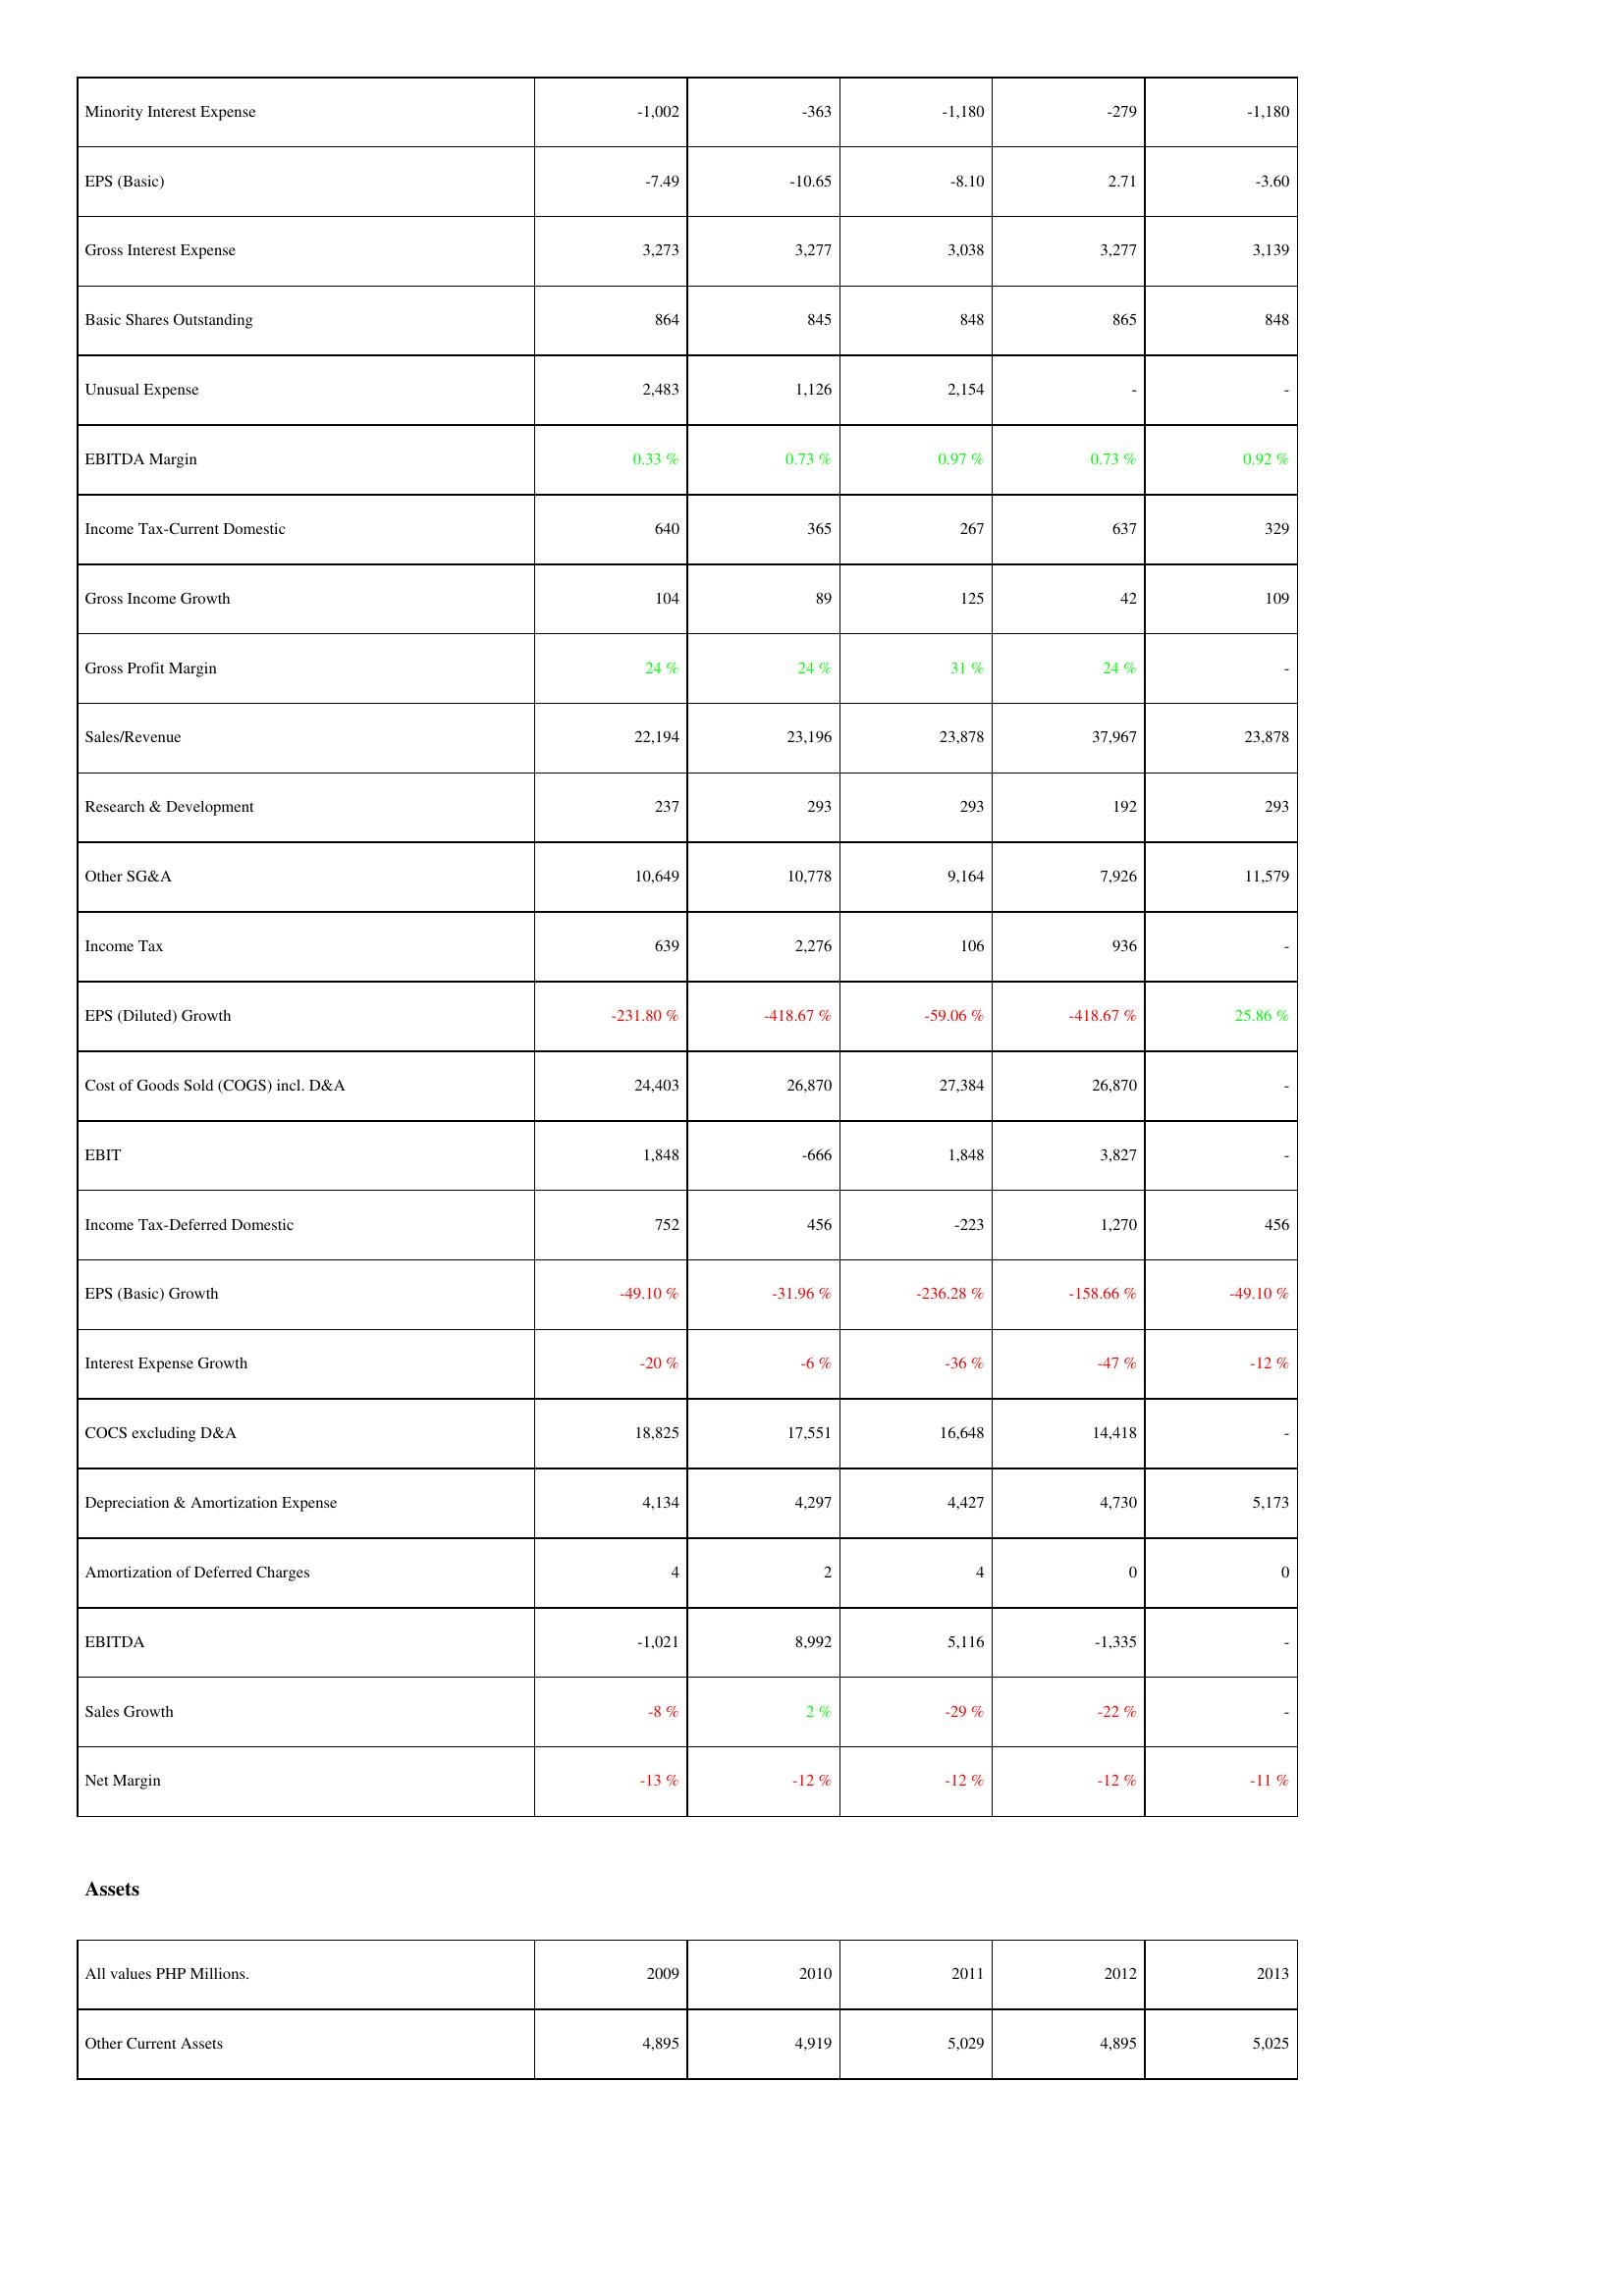
2009: Income Statement: Minority Interest Expense: -1,002
EPS (Basic): -7.49
Gross Interest Expense: 3,273
Basic Shares Outstanding: 864
Unusual Expense: 2,483
EBITDA Margin: 0.33 %
Income Tax-Current Domestic: 640
Gross Income Growth: 104
Gross Profit Margin: 24 %
Sales/Revenue: 22,194
Research & Development: 237
Other SG&A: 10,649
Income Tax: 639
EPS (Diluted) Growth: -231.80 %
Cost of Goods Sold (COGS) incl. D&A: 24,403
EBIT: 1,848
Income Tax-Deferred Domestic: 752
EPS (Basic) Growth: -49.10 %
Interest Expense Growth: -20 %
COCS excluding D&A: 18,825
Depreciation & Amortization Expense: 4,134
Amortization of Deferred Charges: 4
EBITDA: -1,021
Sales Growth: -8 %
Net Margin: -13 %
Assets: Other Current Assets: 4,895
2010: Income Statement: Minority Interest Expense: -363
EPS (Basic): -10.65
Gross Interest Expense: 3,277
Basic Shares Outstanding: 845
Unusual Expense: 1,126
EBITDA Margin: 0.73 %
Income Tax-Current Domestic: 365
Gross Income Growth: 89
Gross Profit Margin: 24 %
Sales/Revenue: 23,196
Research & Development: 293
Other SG&A: 10,778
Income Tax: 2,276
EPS (Diluted) Growth: -418.67 %
Cost of Goods Sold (COGS) incl. D&A: 26,870
EBIT: -666
Income Tax-Deferred Domestic: 456
EPS (Basic) Growth: -31.96 %
Interest Expense Growth: -6 %
COCS excluding D&A: 17,551
Depreciation & Amortization Expense: 4,297
Amortization of Deferred Charges: 2
EBITDA: 8,992
Sales Growth: 2 %
Net Margin: -12 %
Assets: Other Current Assets: 4,919
2011: Income Statement: Minority Interest Expense: -1,180
EPS (Basic): -8.10
Gross Interest Expense: 3,038
Basic Shares Outstanding: 848
Unusual Expense: 2,154
EBITDA Margin: 0.97 %
Income Tax-Current Domestic: 267
Gross Income Growth: 125
Gross Profit Margin: 31 %
Sales/Revenue: 23,878
Research & Development: 293
Other SG&A: 9,164
Income Tax: 106
EPS (Diluted) Growth: -59.06 %
Cost of Goods Sold (COGS) incl. D&A: 27,384
EBIT: 1,848
Income Tax-Deferred Domestic: -223
EPS (Basic) Growth: -236.28 %
Interest Expense Growth: -36 %
COCS excluding D&A: 16,648
Depreciation & Amortization Expense: 4,427
Amortization of Deferred Charges: 4
EBITDA: 5,116
Sales Growth: -29 %
Net Margin: -12 %
Assets: Other Current Assets: 5,029
2012: Income Statement: Minority Interest Expense: -279
EPS (Basic): 2.71
Gross Interest Expense: 3,277
Basic Shares Outstanding: 865
Unusual Expense: -
EBITDA Margin: 0.73 %
Income Tax-Current Domestic: 637
Gross Income Growth: 42
Gross Profit Margin: 24 %
Sales/Revenue: 37,967
Research & Development: 192
Other SG&A: 7,926
Income Tax: 936
EPS (Diluted) Growth: -418.67 %
Cost of Goods Sold (COGS) incl. D&A: 26,870
EBIT: 3,827
Income Tax-Deferred Domestic: 1,270
EPS (Basic) Growth: -158.66 %
Interest Expense Growth: -47 %
COCS excluding D&A: 14,418
Depreciation & Amortization Expense: 4,730
Amortization of Deferred Charges: 0
EBITDA: -1,335
Sales Growth: -22 %
Net Margin: -12 %
Assets: Other Current Assets: 4,895
2013: Income Statement: Minority Interest Expense: -1,180
EPS (Basic): -3.60
Gross Interest Expense: 3,139
Basic Shares Outstanding: 848
Unusual Expense: -
EBITDA Margin: 0.92 %
Income Tax-Current Domestic: 329
Gross Income Growth: 109
Gross Profit Margin: -
Sales/Revenue: 23,878
Research & Development: 293
Other SG&A: 11,579
Income Tax: -
EPS (Diluted) Growth: 25.86 %
Cost of Goods Sold (COGS) incl. D&A: -
EBIT: -
Income Tax-Deferred Domestic: 456
EPS (Basic) Growth: -49.10 %
Interest Expense Growth: -12 %
COCS excluding D&A: -
Depreciation & Amortization Expense: 5,173
Amortization of Deferred Charges: 0
EBITDA: -
Sales Growth: -
Net Margin: -11 %
Assets: Other Current Assets: 5,025